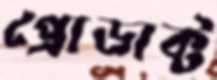
প্রোডাক্ট